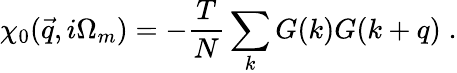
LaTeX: \chi_{0}(\vec{q},i\Omega_{m})=-\frac{T}{N}\sum_{k}G(k)G(k+q)\; .